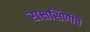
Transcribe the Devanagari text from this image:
राक्षसिणीचे